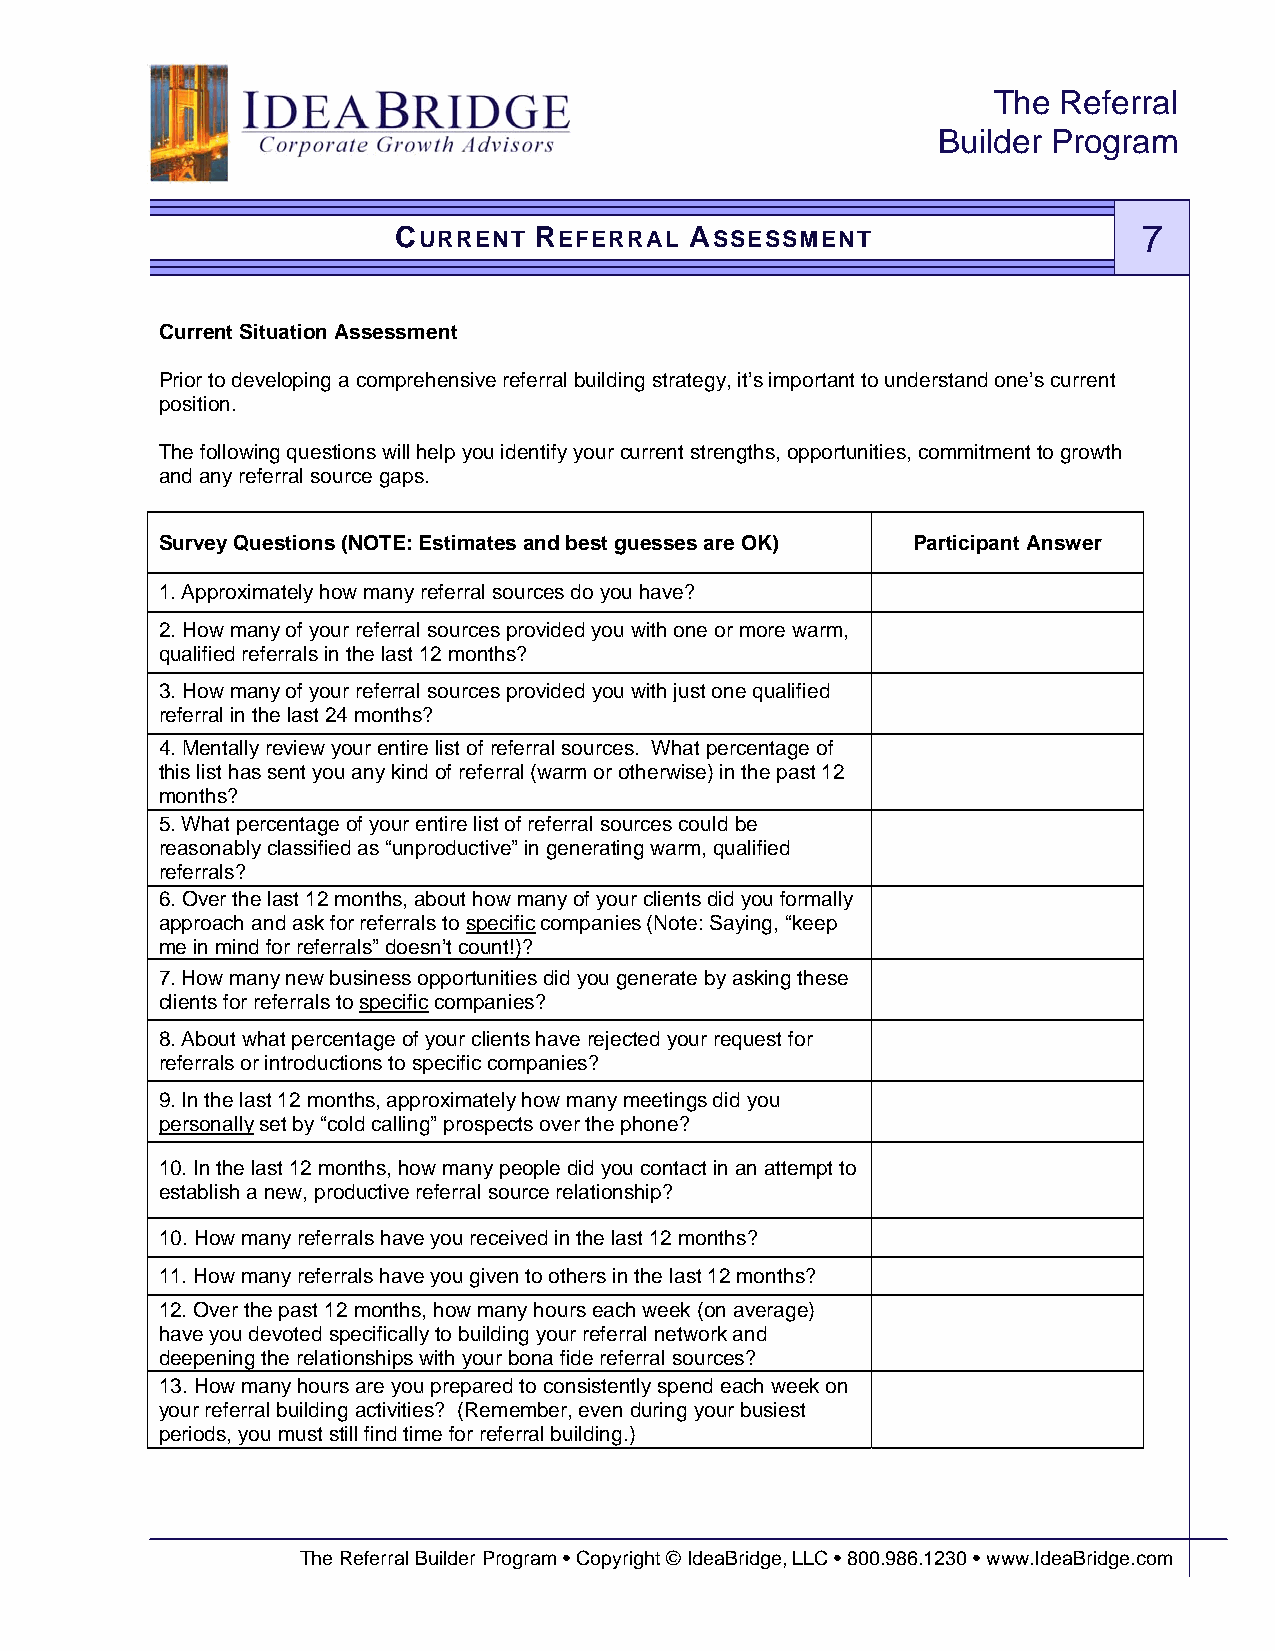
The Referral
 Builder Program
 CURRENT  REFERRAL   ASSESSMENT                    7
 Current Situation Assessment
 Prior to developing a comprehensive referral building strategy, it’s important to understand one’s current
 position.
 The following questions will help you identify your current strengths, opportunities, commitment to growth
 and any referral source gaps.
 Survey Questions (NOTE: Estimates and best guesses are OK) Participant Answer
 1. Approximately how many referral sources do you have?
 2. How many of your referral sources provided you with one or more warm,
 qualified referrals in the last 12 months?
 3. How many of your referral sources provided you with just one qualified
 referral in the last 24 months?
 4. Mentally review your entire list of referral sources. What percentage of
 this list has sent you any kind of referral (warm or otherwise) in the past 12
 months?
 5. What percentage of your entire list of referral sources could be
 reasonably classified as “unproductive” in generating warm, qualified
 referrals?
 6. Over the last 12 months, about how many of your clients did you formally
 approach and ask for referrals to specific companies (Note: Saying, “keep
 me in mind for referrals” doesn’t count!)?
 7. How many new business opportunities did you generate by asking these
 clients for referrals to specific companies?
 8. About what percentage of your clients have rejected your request for
 referrals or introductions to specific companies?
 9. In the last 12 months, approximately how many meetings did you
 personally set by “cold calling” prospects over the phone?
 10. In the last 12 months, how many people did you contact in an attempt to
 establish a new, productive referral source relationship?
 10. How many referrals have you received in the last 12 months?
 11. How many referrals have you given to others in the last 12 months?
 12. Over the past 12 months, how many hours each week (on average)
 have you devoted specifically to building your referral network and
 deepening the relationships with your bona fide referral sources?
 13. How many hours are you prepared to consistently spend each week on
 your referral building activities? (Remember, even during your busiest
 periods, you must still find time for referral building.)
 The Referral Builder Program • Copyright © IdeaBridge, LLC • 800.986.1230 • www.IdeaBridge.com